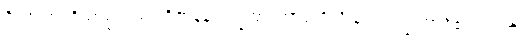
ဝိညာဏံ၊ ဝိညာဉ်သည်။ ဝိဇာနနလက္ခဏံ၊ အာရုံကိုသိခြင်းလက္ခဏာရှိ၏။ ဣတိ၊